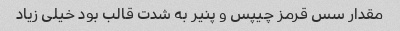
مقدار سس قرمز چیپس و پنیر به شدت قالب بود خیلی زیاد